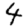
Digit: 4